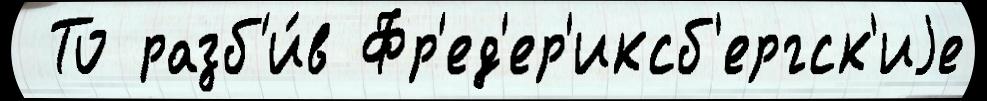
 То разб'и́в Фр'ед'ер'иксб'ергск'иjе